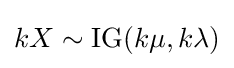
kX\sim \operatorname {IG} (k\mu ,k\lambda )